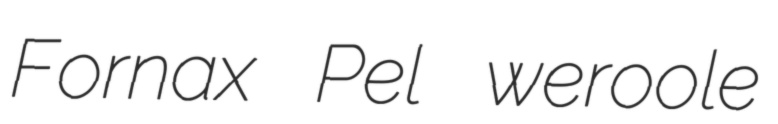
Fornax Pel weroole